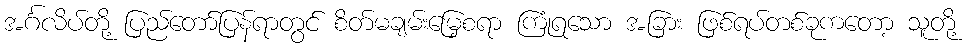
အင်္ဂလိပ်တို့ ပြည်တော်ပြန်ရာတွင် စိတ်မချမ်းမြေ့စရာ ကြုံရသော အခြား ဖြစ်ရပ်တစ်ခုကတော့ သူတို့